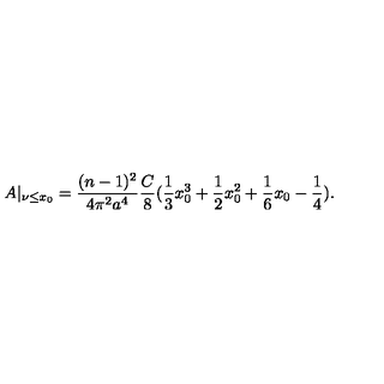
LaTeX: A | _ { \nu \leq x _ { 0 } } = \frac { ( n - 1 ) ^ { 2 } } { 4 \pi ^ { 2 } a ^ { 4 } } \frac { C } { 8 } ( \frac { 1 } { 3 } x _ { 0 } ^ { 3 } + \frac { 1 } { 2 } x _ { 0 } ^ { 2 } + \frac { 1 } { 6 } x _ { 0 } - \frac { 1 } { 4 } ) .